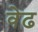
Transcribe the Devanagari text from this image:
वेढ